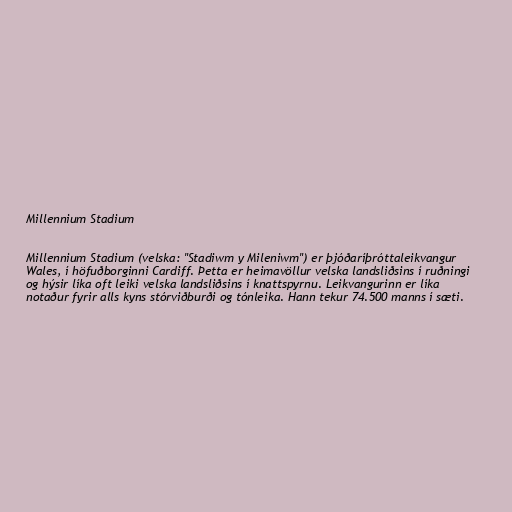
Millennium Stadium

Millennium Stadium (velska: "Stadiwm y Mileniwm") er þjóðaríþróttaleikvangur
Wales, í höfuðborginni Cardiff. Þetta er heimavöllur velska landsliðsins í ruðningi
og hýsir líka oft leiki velska landsliðsins í knattspyrnu. Leikvangurinn er líka
notaður fyrir alls kyns stórviðburði og tónleika. Hann tekur 74.500 manns í sæti.